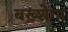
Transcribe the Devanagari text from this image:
बख़्शेगा